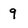
Character: 9